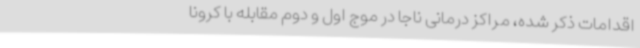
اقدامات ذکر شده، مراکز درمانی ناجا در موج اول و دوم مقابله با کرونا